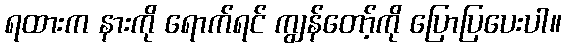
ရထားက နားကို ရောက်ရင် ကျွန်တော့်ကို ပြောပြပေးပါ။